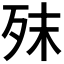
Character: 𣧣